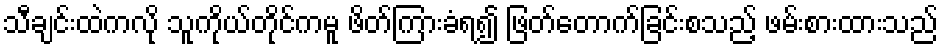
သီချင်းထဲကလို သူကိုယ်တိုင်ကမူ ဖိတ်ကြားခံရ၍ ဖြတ်တောက်ခြင်းစသည့် ဖမ်းစားထားသည်